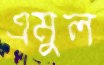
এমুল